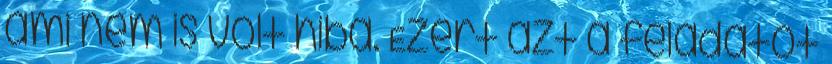
ami nem is volt hiba. Ezért azt a feladatot